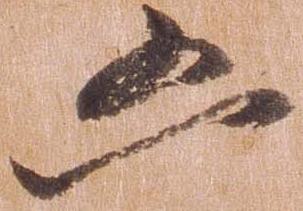
凶